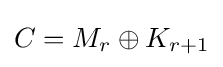
C=M_{r}\oplus K_{r+1}